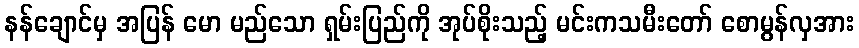
နန်ချောင်မှ အပြန် မော မည်သော ရှမ်းပြည်ကို အုပ်စိုးသည့် မင်းကသမီးတော် စောမွန်လှအား